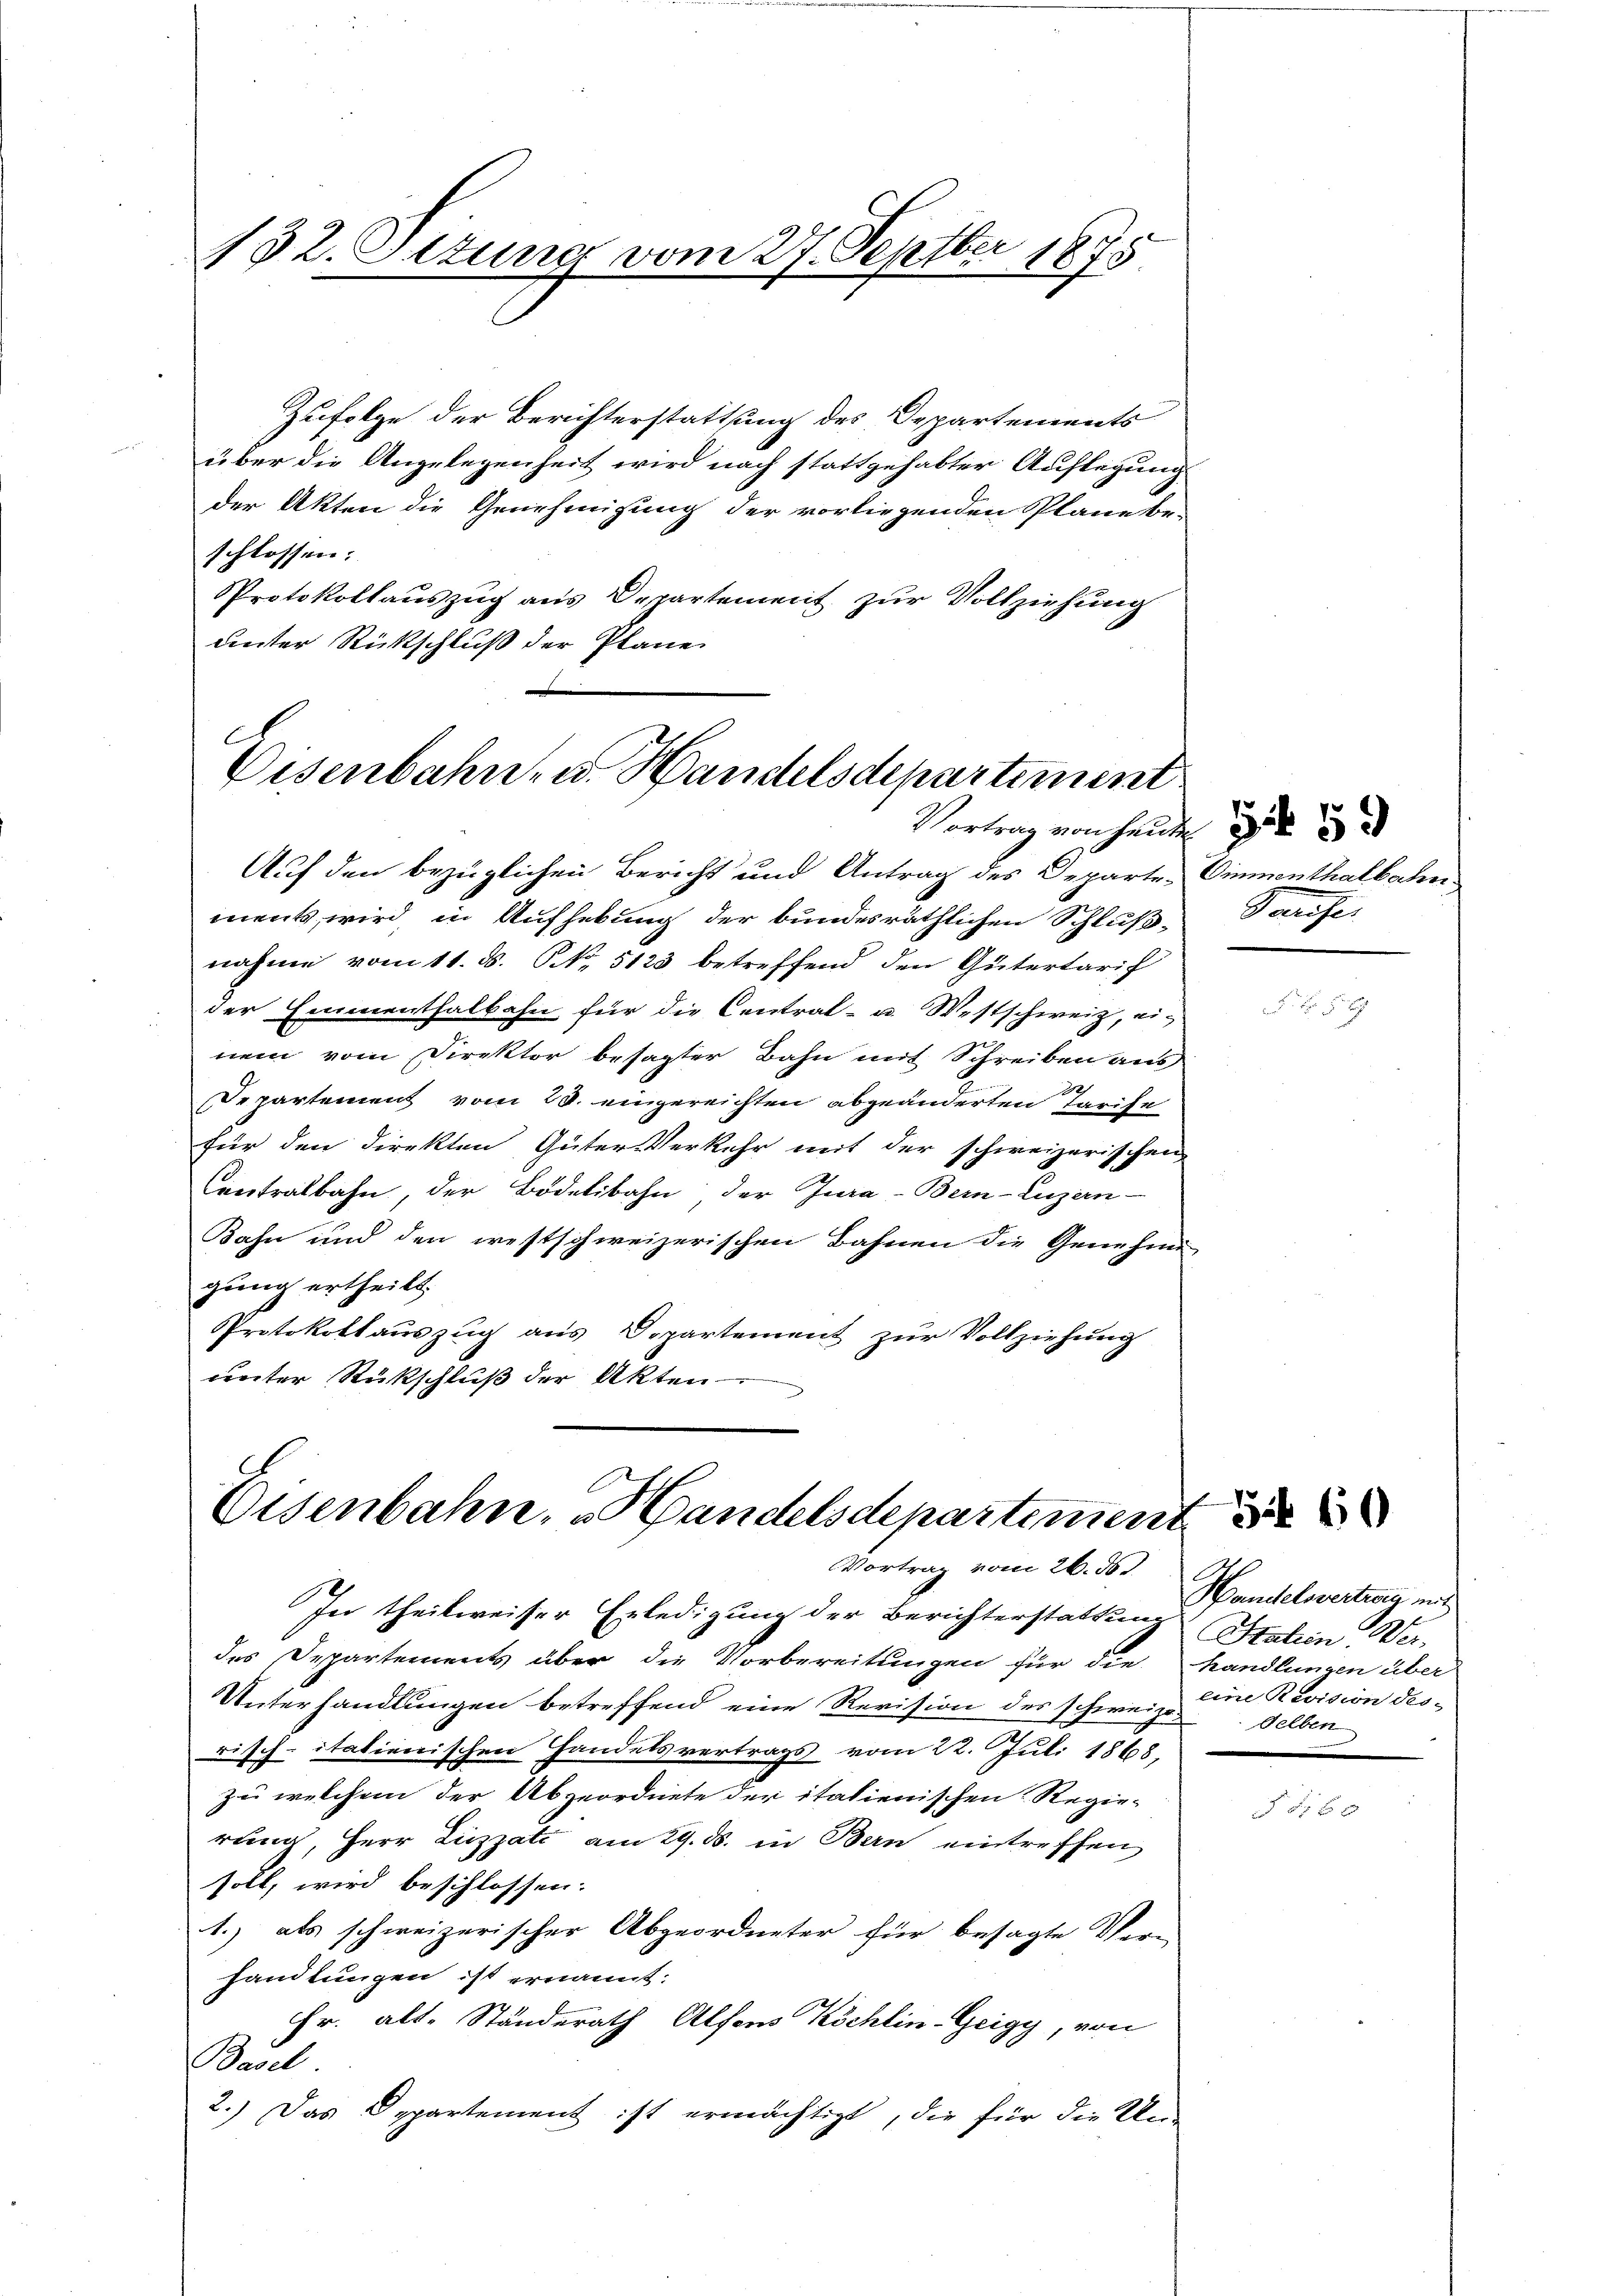
152. Setung vom 27. Septbr 1875

Zufolge der Berichterstattung des Departements
über die Angelegenheit wird nach stattgehabter Auflegung
der Akten die Genehmigung der vorliegenden Plane be-
schlossen:
Protokollauszug aus Departement zur Vollziehung
unter Rückschluß der Plane.

C
Eisenbahn- u. Handelsdepartement.
Vertrag von Handen

Auf den bezüglichen Bericht und Antrag des Departe Einmenthalbachei
ments wird in Aufhebung der bundesräthlichen Schlußnahme vom 11. d. NNo. 5123 betreffend den Gütertarif
der Emmenthalbahn für die Central- u. Westschweiz, einem vom Direktor besagter Bahn mit Schreiben aus
2
Departement vom 20. eingereichten abgeänderten Tarife
für den direkten Güter-Verkehr mit der schweizerischen
Contralbahn, der Bödelibahn der Jura-Bern-Luzern
Bahn und den westschweizerischen Bahnen die Genehme
gung ertheilt.
Protokollauszug aus Departement zur Vollziehung
unter Rückschluß der Akten

Eisenbahn, Handelsdepartement de
Vortrag vom 26. ds.

In theilweiser Erledigung der Berichterstattung Hahin Ver-
des Departements über die Vorbereitungen für die Handlungen über
Unterhandlungen betreffend eine Revision des schweizerisch-italienischen Handelsvertrags vom 22. Juli 1868,
zu welchem der Abgeordnete der italienischen Regie-
rung, Herr Lizzati am 29. d. in Bern eintreffen
soll, wird beschlossen:
1. als schweizerischer Abgeordneter für besagte Ver-
handlungen ist ernannt:
Fr. alt. Ständerath Alfons Köchlin-Geigy, von
Basel
2.) Das Departement ist ermächtigt, die für die Un-

Pariser

Handelsvertrag mit
eine Revision des-
selben